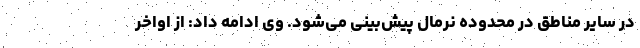
در سایر مناطق در محدوده نرمال پیش‌بینی می‌شود. وی ادامه داد: از اواخر